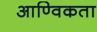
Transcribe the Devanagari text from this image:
आण्विकता